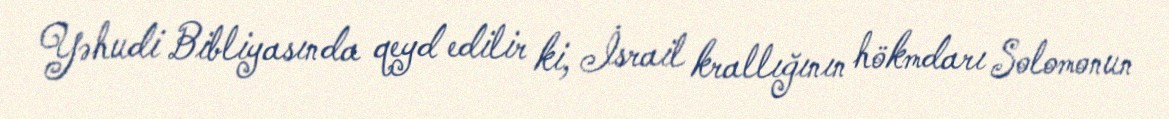
Yəhudi Bibliyasında qeyd edilir ki, İsrail krallığının hökmdarı Solomonun